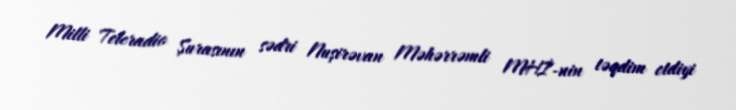
Milli Teleradio Şurasının sədri Nuşirəvan Məhərrəmli MHİ-nin təqdim etdiyi